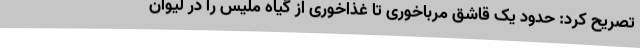
تصریح کرد: حدود یک قاشق مرباخوری تا غذاخوری از گیاه ملیس را در لیوان